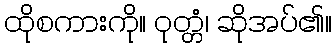
ထိုစကားကို။ ဝုတ္တံ၊ ဆိုအပ်၏။